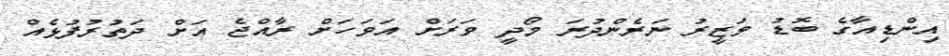
އިންޑިއާގެ ބޮޑު ވަޒީރު ނަރެންދުރަ މޯދީ ވަރަށް އަވަހަށް ރާއްޖެ އަށް ދަތުރުފުޅެއް